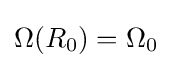
\Omega (R_{0})=\Omega _{0}\